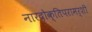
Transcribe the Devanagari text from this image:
नारदोक्तिपरामर्शी